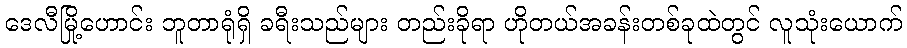
ဒေလီမြို့ဟောင်း ဘူတာရုံရှိ ခရီးသည်များ တည်းခိုရာ ဟိုတယ်အခန်းတစ်ခုထဲတွင် လူသုံးယောက်